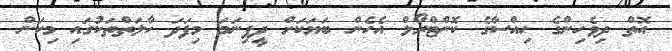
އޮތް ދިވެހިންގެ ހިއްސާގެ ކޮންޓްރޯލް އެހެން ބަޔަކަށް ދީފިނަމަ މިފަދަ ހާލަތްތަކުގައި މިކަން